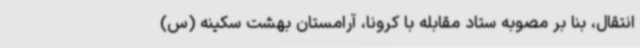
انتقال، بنا بر مصوبه ستاد مقابله با کرونا، آرامستان بهشت سکینه (س)